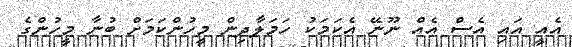
އެއީ އައި އެސް އެއް ނޫނޭ އެކަމަކު ހަމަލާދިން މީހުންކަމަށް ބުނާ މީހުންގެ